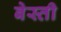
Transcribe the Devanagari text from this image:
बेस्ती